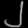
Digit: ၂